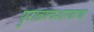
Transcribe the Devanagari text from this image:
पुरातात्वशास्त्राचा